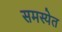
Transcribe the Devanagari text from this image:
समस्येत